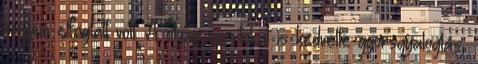
nagyon elfoglalt volt. A olyan sportokat is kedvelte gyorsgyaloglás,